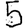
Digit: 5